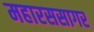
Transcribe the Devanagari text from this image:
महारससागर